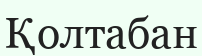
Қолтабан